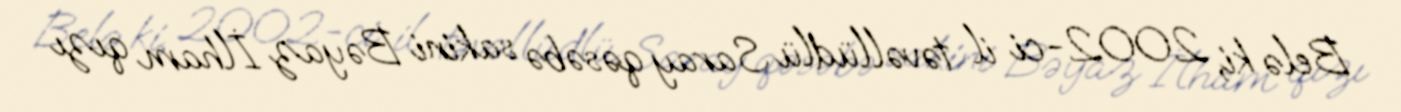
Belə ki, 2002-ci il təvəllüdlü Saray qəsəbə sakini Bəyaz İlham qızı